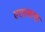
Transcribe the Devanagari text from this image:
एएलएफ